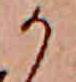
か